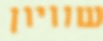
שוויון